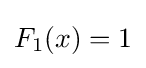
F_{1}(x)=1